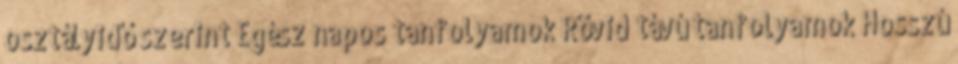
osztályidő szerint Egész napos tanfolyamok Rövid távú tanfolyamok Hosszú